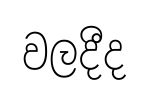
වලදීද